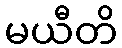
မယီတိ